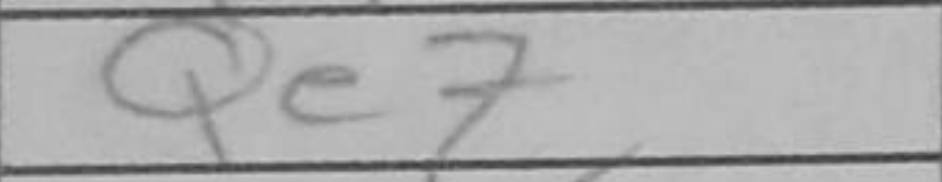
Transcription: Qe7